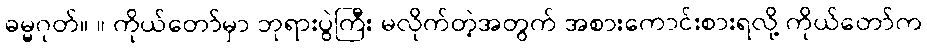
ဓမ္မဂုတ်။ ။ ကိုယ်တော်မှာ ဘုရားပွဲကြီး မလိုက်တဲ့အတွက် အစားကောင်းစားရလို့ ကိုယ်တော်က